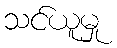
သင်ယူမှု